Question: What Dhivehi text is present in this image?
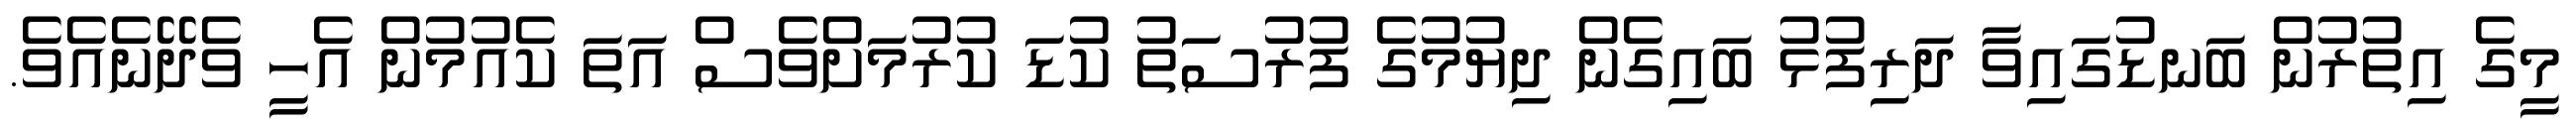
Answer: މީގެ އިތުރުން ބަނޑުގައިވާ ދަރިފުޅު ބައިގެން ދިޔުމުގެ ފުރުސަތު ކުޑަ ކުރުމަށްވެސް އަތަ ކެއުމުން އެހީ ވެދޭނެއެވެ.